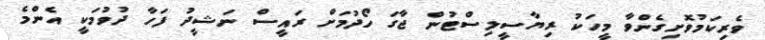
ވެރިކަމުވޮށިގެންވާ މީހަކު ރިޔާސީލިސްޓުން ޖާގަ ހޯދުމަށް ރައީސް ނަޝީދު ފަހާ ދުވުމަކީ އެންމެ